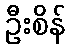
ဦးစိန်